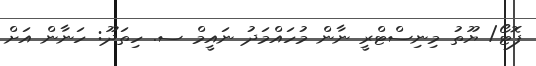
ފޮޓޯ/ ޔޫތު މިނިސްޓްރީ ނާން މުހައްމަދު ނައީމް ސ. ހިތަދޫ: ހަނާން އަށް